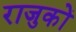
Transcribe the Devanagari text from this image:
राजुकों